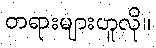
တရားများဟူလို။